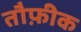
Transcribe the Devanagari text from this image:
तौफ़ीक